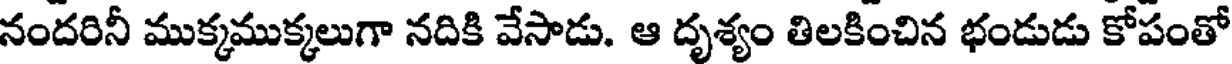
నందరినీ ముక్కముక్కలుగా నదికి వేసాడు. ఆ దృశ్యం తిలకించిన భండుడు కోపంతో